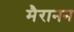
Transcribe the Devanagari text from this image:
मैरानन